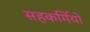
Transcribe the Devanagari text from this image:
सहकर्मियो